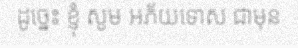
ដូច្នេះ ខ្ញុំ សូម អភ័យទោស ជាមុន